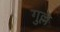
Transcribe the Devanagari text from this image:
गुल्ले